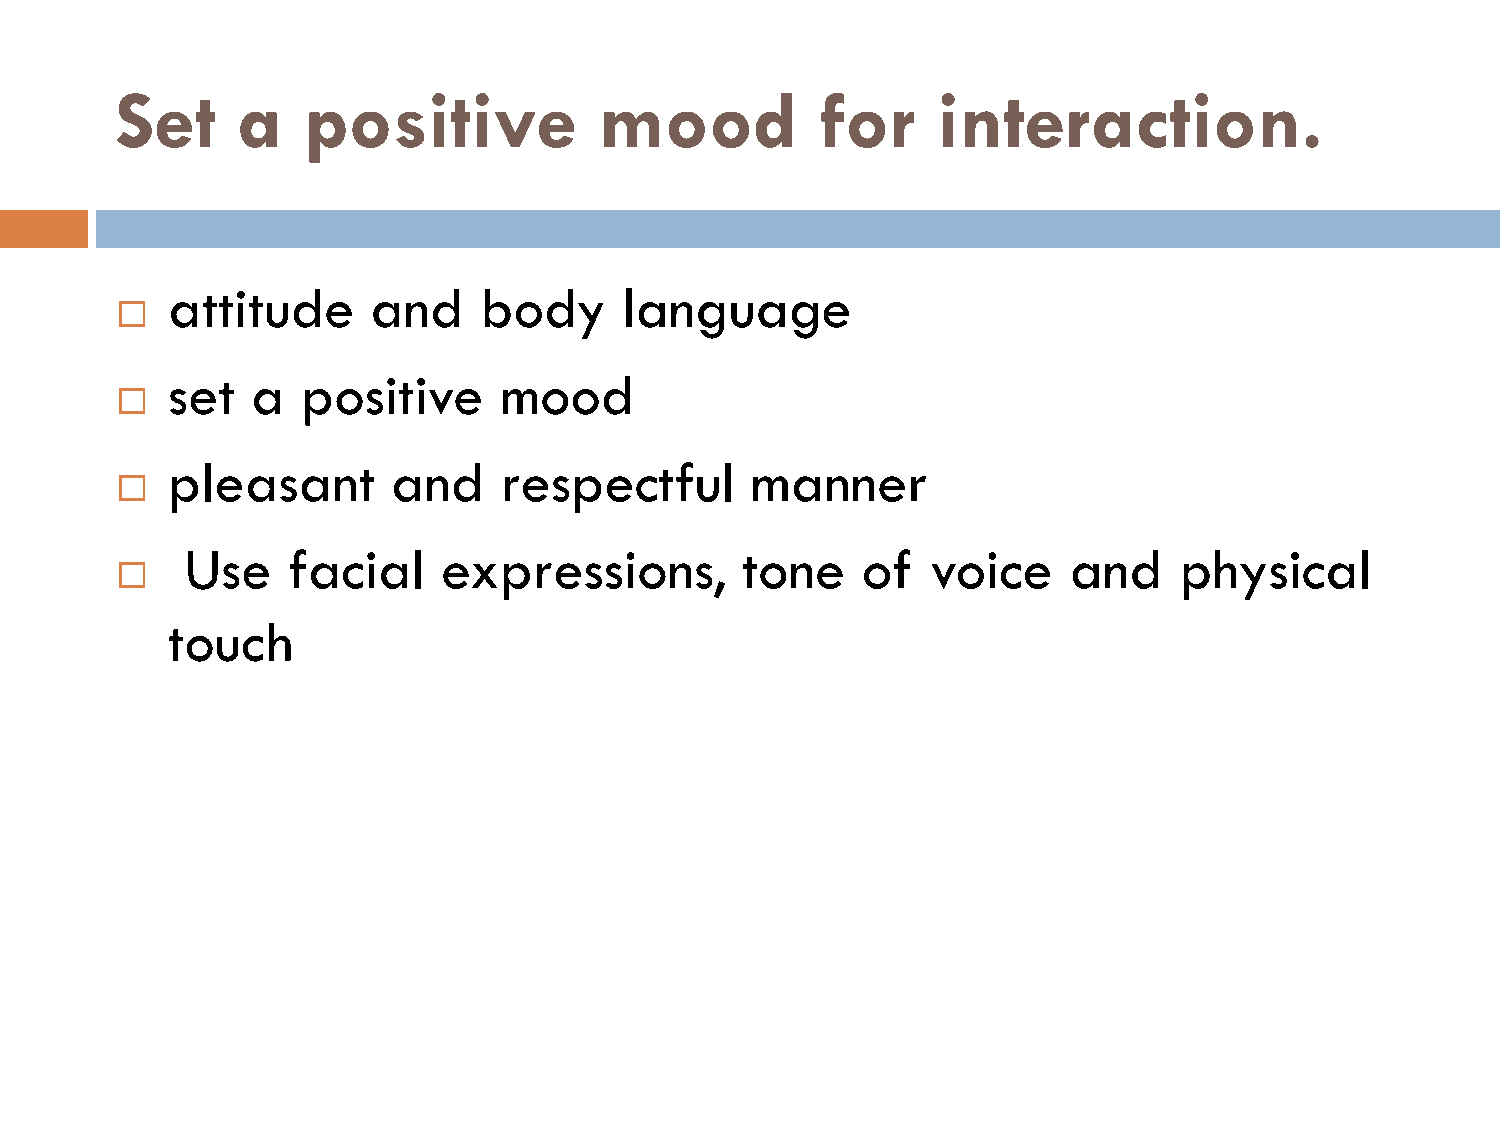
Set     a   positive            mood          for     interaction.
 attitude      and    body     language
 
 set   a  positive     mood
 
 pleasant       and    respectful       manner
 
 Use    facial    expressions,        tone    of   voice    and    physical
 
 touch